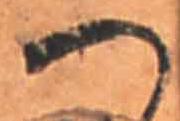
へ